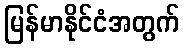
မြန်မာနိုင်ငံအတွက်